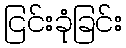
ငြင်းခုံခြင်း